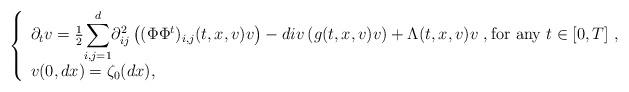
LaTeX: \begin{align*}\left \{\begin{array}{l}\partial_t v = \frac{1}{2} \displaystyle{\sum_{i,j=1}^d} \partial_{ij}^2 \left( (\Phi \Phi^t)_{i,j}(t,x,v) v \right) - div \left( g(t,x,v) v \right) +\Lambda(t,x,v) v\ , \textrm{for any}\ t\in [0,T]\ ,\\v(0,dx) = \zeta_0(dx), \end{array}\right .\end{align*}